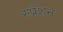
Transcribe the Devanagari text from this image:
स्प्रैशन